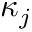
\kappa _ { j }